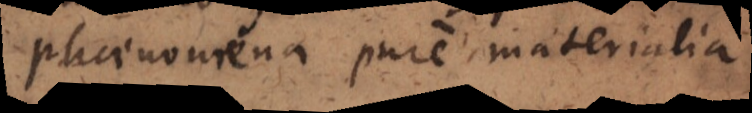
phaenomena pure materialia,